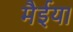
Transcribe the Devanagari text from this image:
मैईया